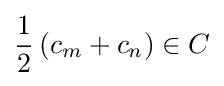
{\frac {1}{2}}\left(c_{m}+c_{n}\right)\in C